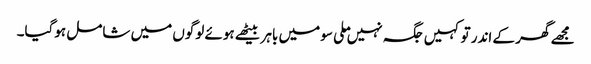
مجھے گھر کے اندر تو کہیں جگہ نہیں ملی سو میں باہر بیٹھے ہوئے لوگوں میں شامل ہوگیا۔